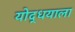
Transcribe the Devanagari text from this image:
योद्धयाला